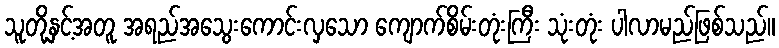
သူတို့နှင့်အတူ အရည်အသွေးကောင်းလှသော ကျောက်စိမ်းတုံးကြီး သုံးတုံး ပါလာမည်ဖြစ်သည်။